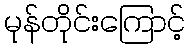
မုန်တိုင်းကြောင့်